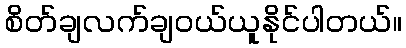
စိတ်ချလက်ချဝယ်ယူနိုင်ပါတယ်။